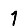
Digit: 1